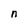
Character: n